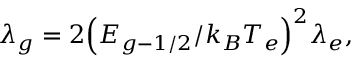
{ \lambda _ { g } } = 2 { \left( { { E _ { g - 1 / 2 } } / { k _ { B } } { T _ { e } } } \right) ^ { 2 } } { \lambda _ { e } } ,